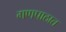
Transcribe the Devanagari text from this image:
गणपाठात